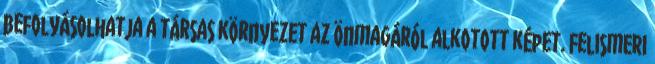
befolyásolhatja a társas környezet az önmagáról alkotott képet. Felismeri